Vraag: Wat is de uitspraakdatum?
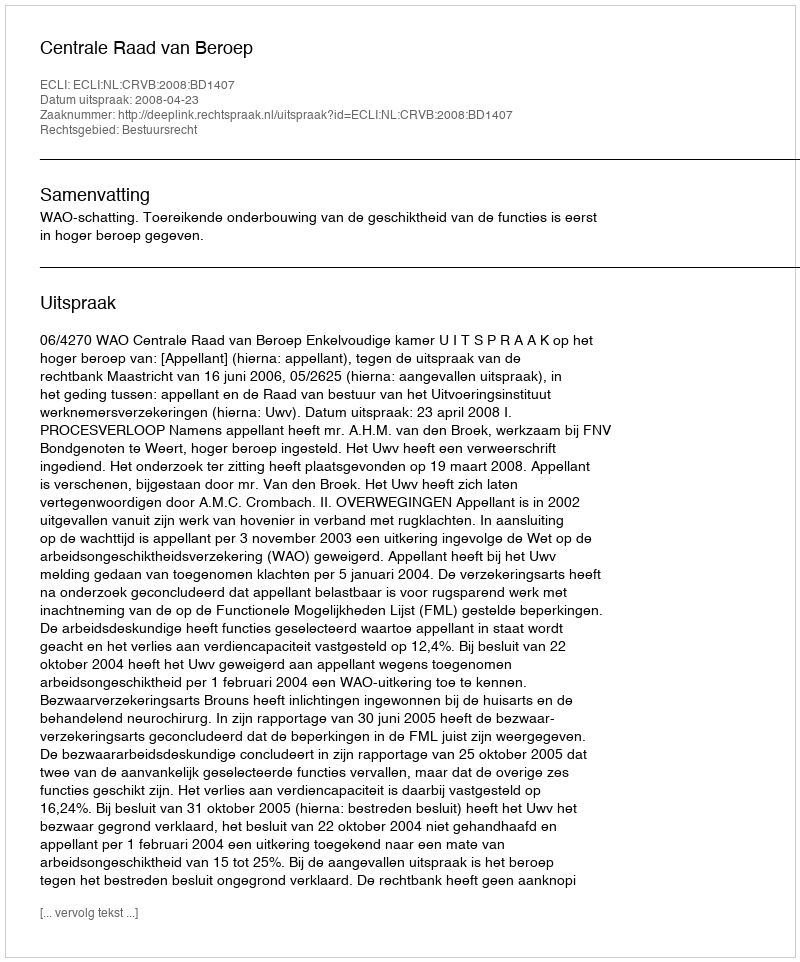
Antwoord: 2008-04-23